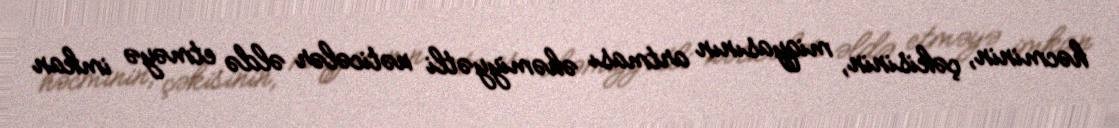
həcminin, çəkisinin, miqyasının artması əhəmiyyətli nəticələr əldə etməyə imkan